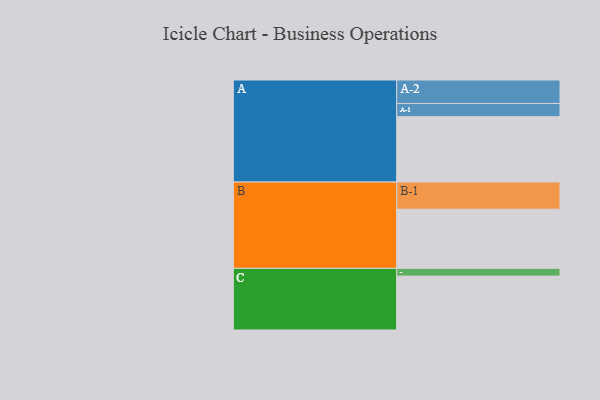
{"axis": {"x": "Segment", "y": "Value"}, "legend": ["", "A", "B", "C"], "data": [{"x": "A", "y": 582, "type": ""}, {"x": "B", "y": 527, "type": ""}, {"x": "C", "y": 480, "type": ""}, {"x": "A-1", "y": 118, "type": "A"}, {"x": "A-2", "y": 209, "type": "A"}, {"x": "B-1", "y": 242, "type": "B"}, {"x": "C-1", "y": 69, "type": "C"}]}